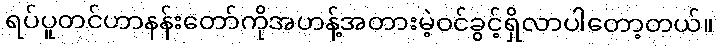
ရပ်ပူတင်ဟာနန်းတော်ကိုအဟန့်အတားမဲ့ဝင်ခွင့်ရှိလာပါတော့တယ်။